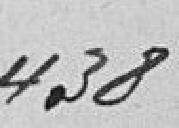
438